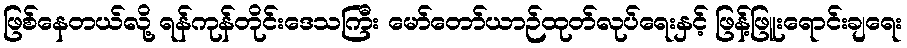
ဖြစ်နေတယ်လို့ ရန်ကုန်တိုင်းဒေသကြီး မော်တော်ယာဉ်ထုတ်လုပ်ရေးနှင့် ဖြန့်ဖြူးရောင်းချရေး